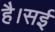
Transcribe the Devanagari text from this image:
है।सई